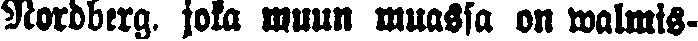
Nordberg, joka muun muassa on valmis-